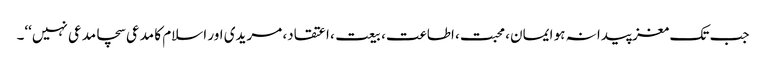
جب تک مغز پیدا نہ ہو ایمان، محبت، اطاعت، بیعت، اعتقاد، مریدی اور اسلام کا مدعی سچامدعی نہیں‘‘۔